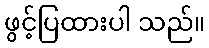
ဖွင့်ပြထားပါ သည်။